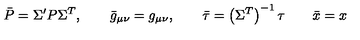
\bar { P } = \Sigma ^ { \prime } P \Sigma ^ { T } , \qquad \bar { g } _ { \mu \nu } = g _ { \mu \nu } , \qquad \bar { \tau } = \left( \Sigma ^ { T } \right) ^ { - 1 } \tau \qquad \bar { x } = x